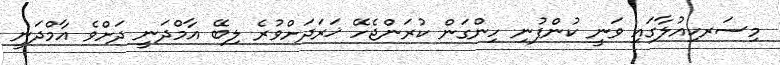
މިސަރކިއުލާގައި ވަނީ ކުންފުނި ހިންގަން ކުރަންޖެހޭ ޚަރަދަށްވުރެ ލިބޭ އާމްދަނީ ދަށްވެ އާމްދަނީ